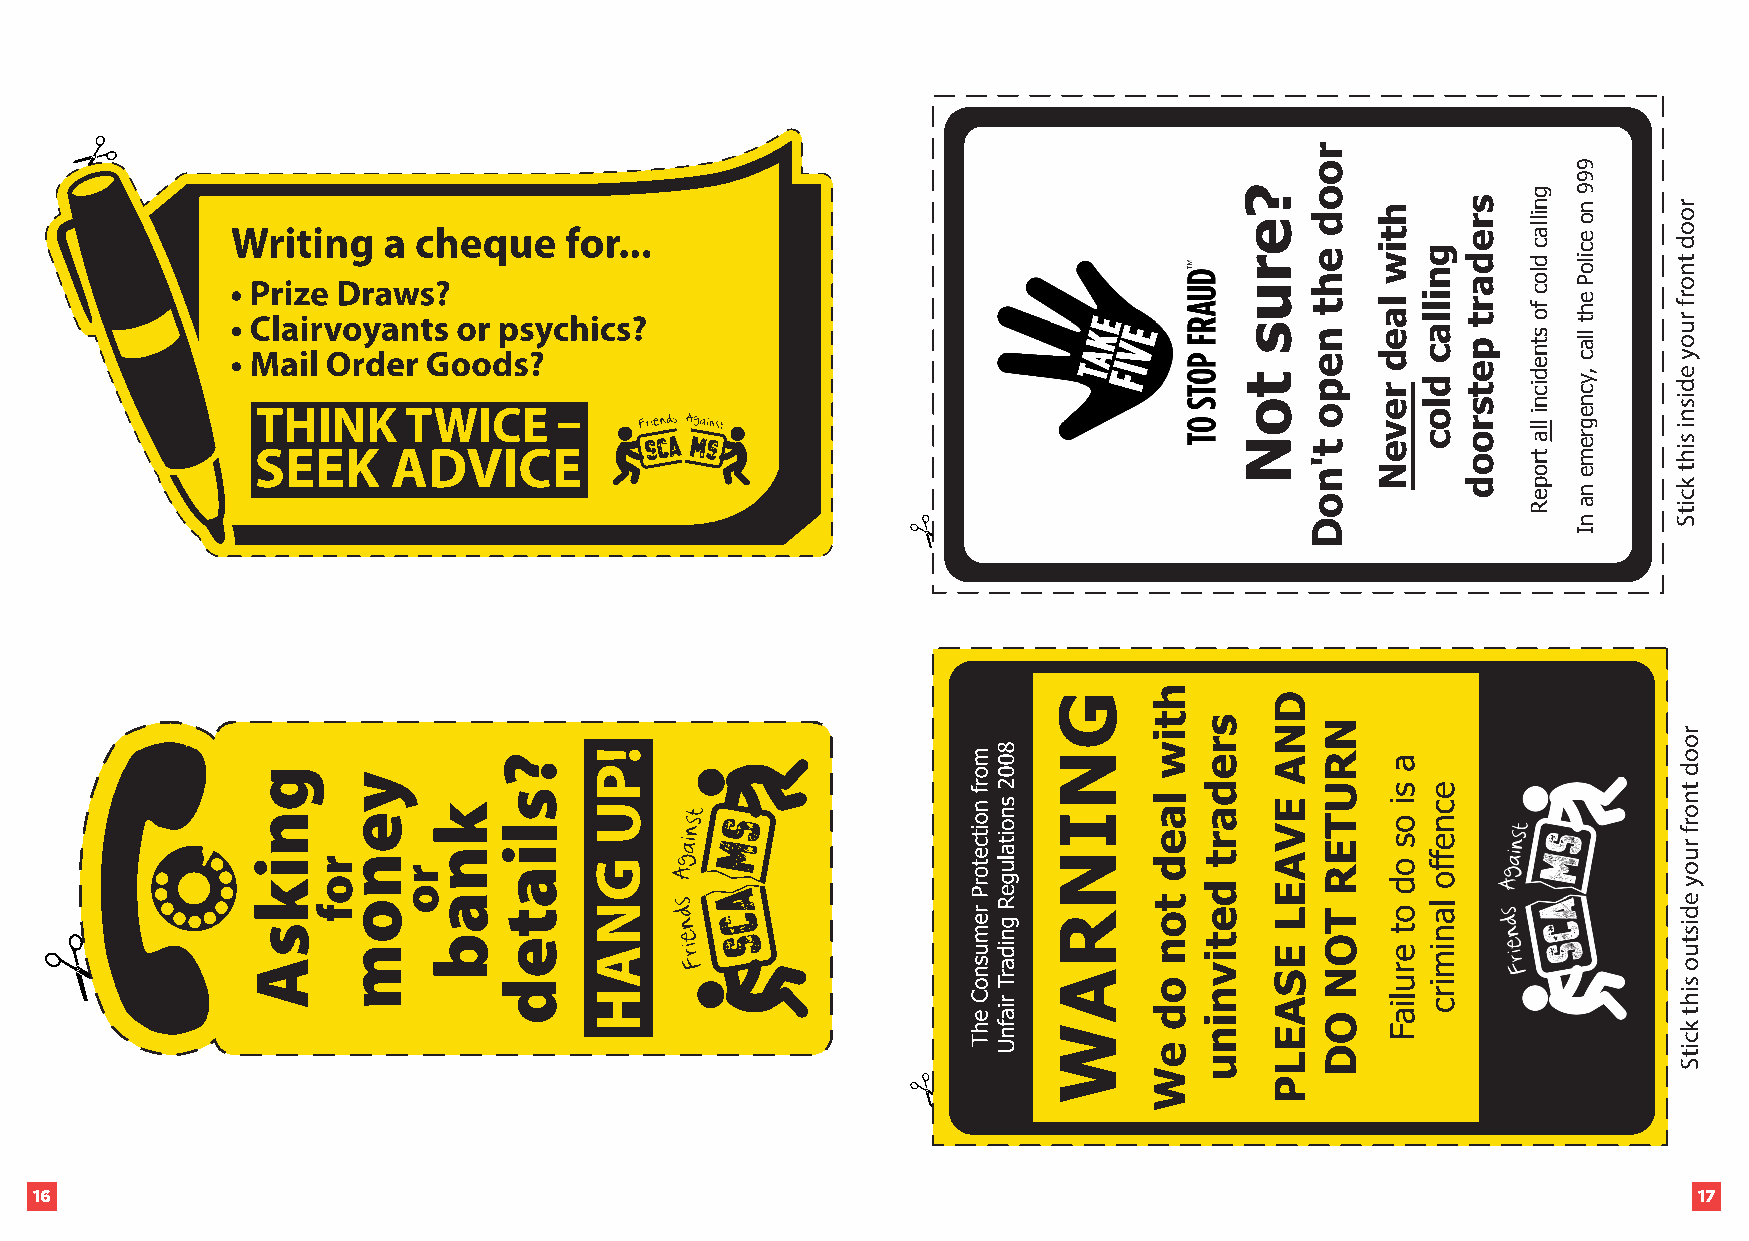
16                                                                                                            17
 ?erus
 toN
 rood
 eht
 nepo
 t'noD
 htiw
 laed
 reveN
 gnillac
 dloc
 sredart
 petsrood
 gnillac
 dloc
 fo
 stnedicni
 lla
 tropeR
 999
 no
 eciloP
 eht
 llac
 ,ycnegreme
 na
 nI
 rood
 tnorf
 ruoy
 edisni
 siht
 kcitS
 rood
 tnorf
 ruoy
 edistuo
 siht
 kcitS